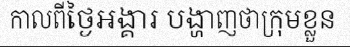
កាលពីថ្ងៃអង្គារ បង្ហាញថាក្រុមខ្លួន